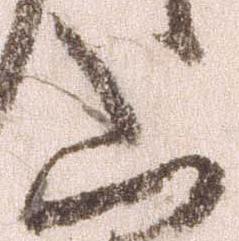
山